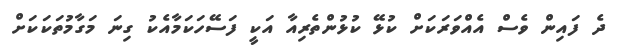
ދެ ފައިން ވެސް އެއްވަރަކަށް ކުޅޭ ކުޅުންތެރިއާ އަކީ ފަސޭހަކަމާއެކު ގިނަ މަގާމުތަކަކަށް